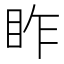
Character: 𥅁